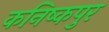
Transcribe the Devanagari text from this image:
कनिष्कपुर